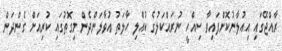
ރާއްޖޭގައި އިއުލާނުކޮށްފައިވާ ސިއްހީ ނުރައްކަލުގެ ކުއްލި ހާލަތު އުވާލަންދެން މިގޮތުގައި ކުރިއަށް ގެންދަން